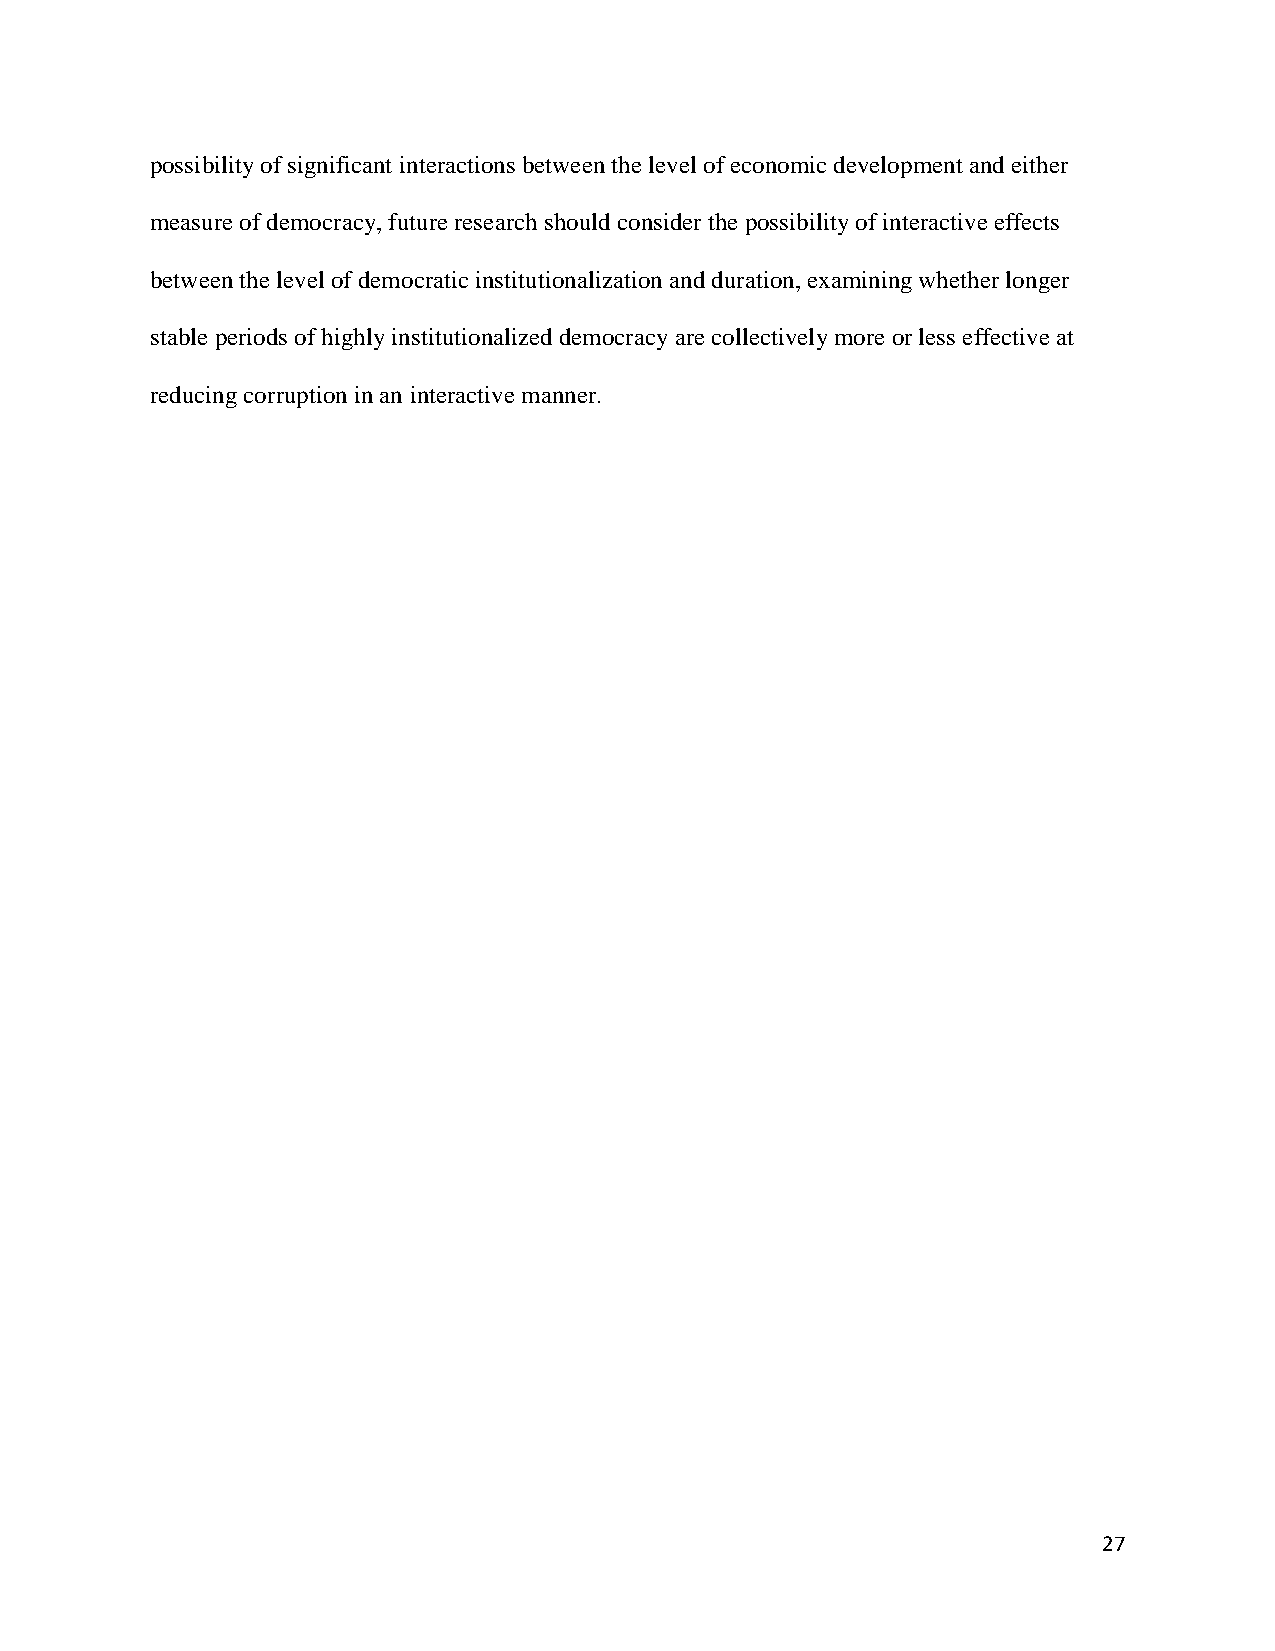
possibility of significant interactions between the level of economic development and either
 measure of democracy, future research should consider the possibility of interactive effects
 between the level of democratic institutionalization and duration, examining whether longer
 stable periods of highly institutionalized democracy are collectively more or less effective at
 reducing corruption in an interactive manner.
 27